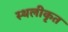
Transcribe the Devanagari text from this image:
स्थलीकृत